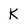
Character: K